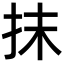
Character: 抹